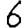
Digit: 6